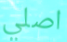
اصلي